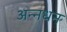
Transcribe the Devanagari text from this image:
अन्‍नधन